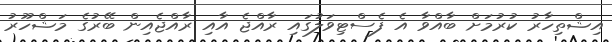
އިޝްތިހާރު ކުރުމަށް ބާއްވާ އެ ފެސްޓިވަލުގައި ރާއްޖެ އާއި ރާއްޖެއިން ބޭރުގެ މަޝްހޫރު